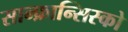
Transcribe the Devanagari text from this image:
सान्फ्रान्सिस्को